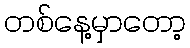
တစ်နေ့မှာတော့